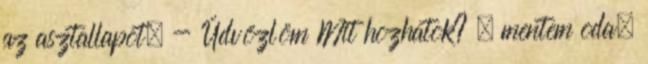
az asztallapot. - Üdvözlöm Mit hozhatok? – mentem oda.